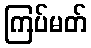
ကြပ်မတ်